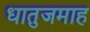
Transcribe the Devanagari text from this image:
धातुजमाह